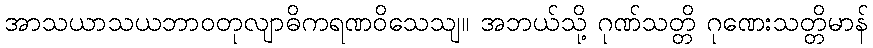
အာသယာသယဘာဝတုလျာဓိကရဏဝိသေသျ။ အဘယ်သို့ ဂုဏ်သတ္တိ ဂုဏေးသတ္တိမာန်